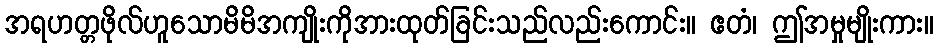
အရဟတ္တဖိုလ်ဟူသောမိမိအကျိုးကိုအားထုတ်ခြင်းသည်လည်းကောင်း။ ဧတံ၊ ဤအမှုမျိုးကား။